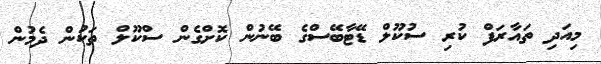
މިއަދި ތައާރަފް ކުރި ސުކޫލް ޑޭޓާބޭސްގެ ބޭނުން ކޮށްގެން ސްކޫލް ތަކުން ދެމުން